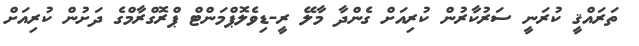
ތަރައްޤީ ކުރަނީ ސަރުކާރުން ކުރިއަށް ގެންދާ މާލޭ ރީ-ޑިވެލޮޕްމަންޓް ޕްރޮގްރާމްގެ ދަށުން ކުރިއަށް